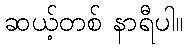
ဆယ့်တစ် နာရီပါ။